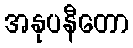
အနုပနီတော